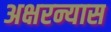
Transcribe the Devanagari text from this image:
अक्षरन्यास